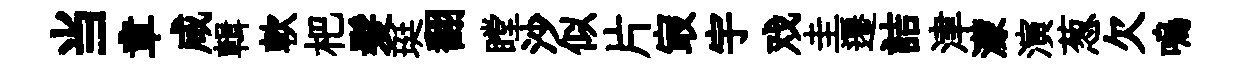
当章咸輯軟杷髪珽翻瞠沙似片㝡宇戏圭遷詰津濛演葱欠嗚